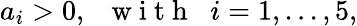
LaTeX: a_{i}>0,\; \; \mathrm{~w~i~t~h~}\; \; i=1,...,5,